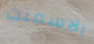
الاسمنت